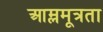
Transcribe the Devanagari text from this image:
आम्लमूत्रता